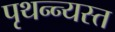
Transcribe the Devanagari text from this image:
पृथन्न्यस्त